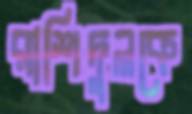
রাশিদুলকে